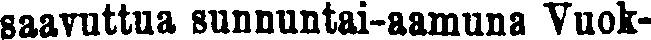
saavuttua sunnuntai-aamuna Vuok-